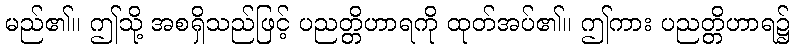
မည်၏။ ဤသို့ အစရှိသည်ဖြင့် ပညတ္တိဟာရကို ထုတ်အပ်၏။ ဤကား ပညတ္တိဟာရ၌